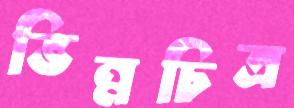
ভিন্নচিত্র